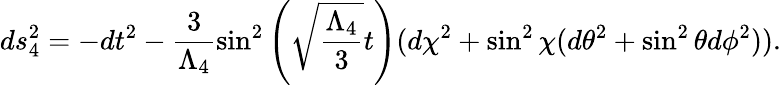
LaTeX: ds_{4}^{2}=-dt^{2}-\frac{3}{\Lambda_{4}}\sin^{2}\left(\sqrt{\frac{\Lambda_{4}}{3}}t\right)(d\chi^{2}+\sin^{2}\chi(d\theta^{2}+\sin^{2}\theta d\phi^{2})).